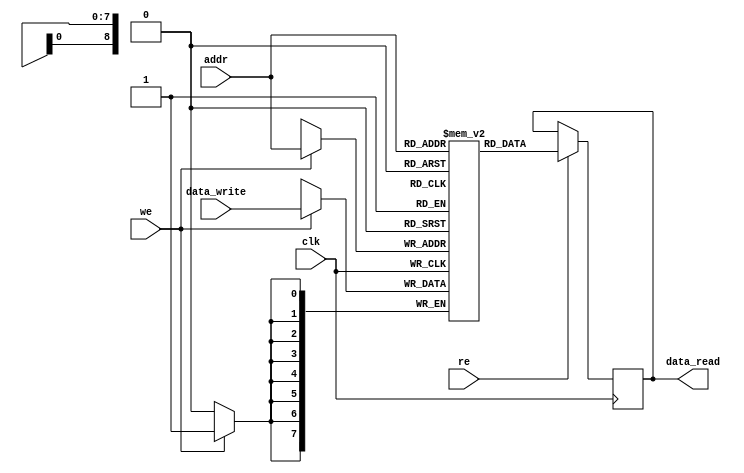
module ram
 #(	parameter	ram_width = 9
 )
 (	input	clk,
	input	re,
	input	we,
	input	[ram_width-1:0]	addr,
	output	[7:0]		data_read,
	input	[7:0] 		data_write
 );

reg [7:0] ram_array [0:2**ram_width-1];
reg [7:0] data_out;
        
assign data_read = data_out;
        
always @(posedge clk) begin
	if (we) ram_array[addr] <= data_write;
end

always @(posedge clk) begin
	if (re) data_out <= ram_array[addr];
end

endmodule